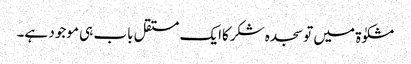
مشکوٰۃ میں تو سجدہ شکرکاایک مستقل باب ہی موجود ہے۔